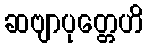
ဆဗျာပုတ္တေဟိ